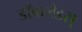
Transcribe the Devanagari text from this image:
डॉकलँडस्